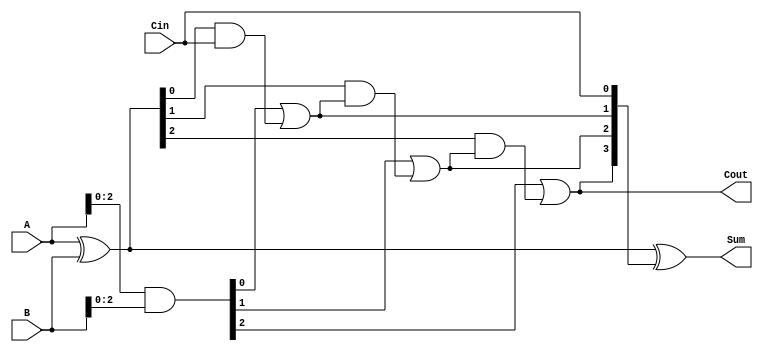
module ConditionalSumFullAdder #(parameter n = 4) (
    input  [n-1:0] A,      // First input operand
    input  [n-1:0] B,      // Second input operand
    input          Cin,     // Carry input
    output [n-1:0] Sum,     // Output sum
    output         Cout      // Carry output
);

    wire [n-1:0] P;        // Partial sum (propagate)
    wire [n-1:0] G;        // Generate
    wire [n:0] C;          // Carry signals

    // Compute P and G
    assign P = A ^ B;      // Partial sum
    assign G = A & B;      // Generate carry

    // Compute carry signals
    assign C[0] = Cin;     // Initial carry is Cin
    genvar i;
    generate
        for (i = 1; i <= n-1; i = i + 1) begin: carry_generation
            assign C[i] = G[i-1] | (P[i-1] & C[i-1]);
        end
    endgenerate
    assign Cout = C[n-1]; // Final carry out

    // Compute the sum
    assign Sum = P ^ C[n-1:0]; // Sum calculation

endmodule